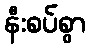
နီးစပ်စွာ